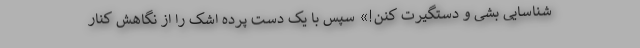
شناسایی بشی و دستگیرت کنن!» سپس با یک دست پرده اشک را از نگاهش کنار